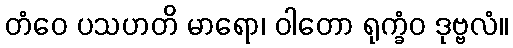
တံဝေ ပသဟတိ မာရော၊ ဝါတော ရုက္ခံဝ ဒုဗ္ဗလံ။